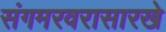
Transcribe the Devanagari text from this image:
संगमरवरासारखे